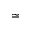
\simeq